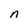
Character: n